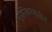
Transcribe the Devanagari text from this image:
शुद्घीकरणातील